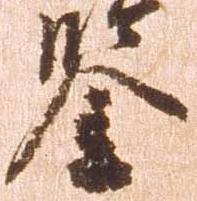
鑑